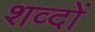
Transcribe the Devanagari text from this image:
शव्दों